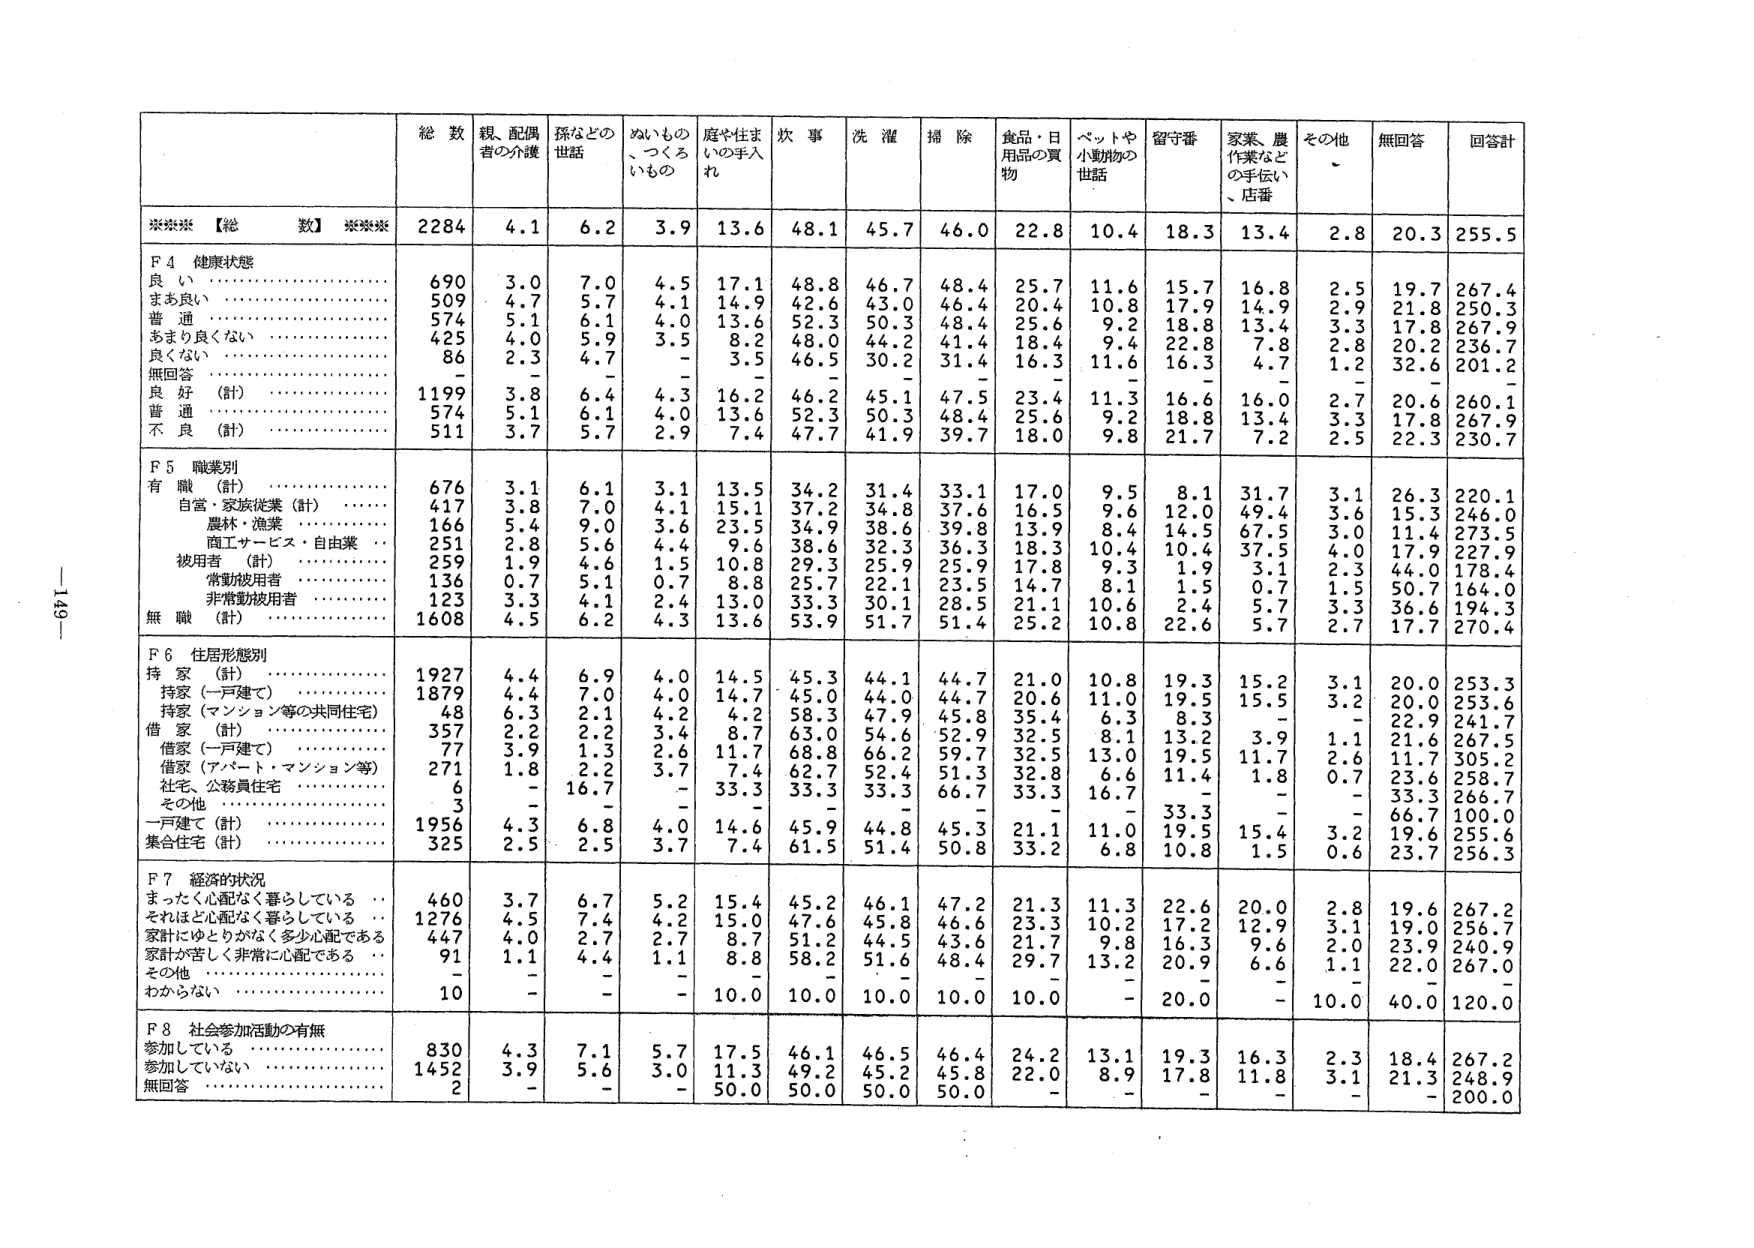
総数 親、配偶者の介護 孫などの世話 ぬいもの、つくるいもの 庭や住まいの手入れ 炊事 洗濯 掃除 食品・日用品の買い物 ペットや小動物の世話 留守番 家業、農作業などの手伝い、店番 その他 無回答 回答計
***【総数】*** 2284 4.1 6.2 3.9 13.6 48.1 45.7 46.0 22.8 10.4 18.3 13.4 2.8 20.3 255.5
F4 健康状態
良い 690 3.0 7.0 4.5 17.1 48.8 46.7 48.4 25.7 11.6 15.7 16.8 2.5 19.7 267.4
まあ良い 509 4.7 5.7 4.1 14.9 42.6 43.0 46.4 20.4 10.8 17.9 14.9 2.9 21.8 250.3
普通 574 5.1 6.1 4.0 13.6 52.3 50.3 48.4 25.6 9.2 18.8 13.4 3.3 17.8 267.9
あまり良くない 425 4.0 5.9 3.5 8.2 48.0 44.2 41.4 18.4 9.4 22.8 7.8 2.8 20.2 236.7
良くない 86 2.3 4.7 - 3.5 46.5 30.2 31.4 16.3 11.6 16.3 4.7 1.2 32.6 201.2
無回答 - - - - - - - - - - - - - - -
良好（計） 1199 3.8 6.4 4.3 16.2 46.2 45.1 47.5 23.4 11.3 16.6 16.0 2.7 20.6 260.1
普通 574 5.1 6.1 4.0 13.6 52.3 50.3 48.4 25.6 9.2 18.8 13.4 2.9 21.8 267.9
不良（計） 511 3.7 5.7 2.9 7.4 47.7 41.9 39.7 18.0 9.8 21.7 7.2 2.5 22.3 230.7
F5 職業別
有職（計） 676 3.1 6.1 3.1 13.5 34.2 31.4 33.1 17.0 9.5 8.1 31.7 3.1 26.3 220.1
自営・家族従業（計） 417 3.8 7.0 4.1 15.1 37.2 34.8 37.6 16.5 9.6 12.0 49.4 3.6 15.3 246.0
農林・漁業 166 5.4 9.0 3.6 23.5 34.9 38.6 39.8 13.9 8.4 14.5 67.5 3.0 11.4 273.5
商工サービス・自由業 251 2.8 5.6 4.4 9.6 38.6 32.3 36.3 18.3 10.4 10.4 37.5 4.0 17.9 227.9
被用者（計） 259 1.9 4.6 1.5 10.8 29.3 25.9 25.9 17.8 9.3 1.9 3.1 2.3 44.0 178.4
常勤被用者 136 0.7 5.1 0.7 8.8 25.7 22.1 23.5 14.7 8.1 1.5 0.7 1.5 50.7 164.0
非常勤被用者 123 3.3 4.1 2.4 13.0 33.3 30.1 28.5 21.1 10.6 2.4 5.7 3.3 36.6 194.3
無職（計） 1608 4.5 6.2 4.3 13.6 53.9 51.7 51.4 25.2 10.8 22.6 5.7 2.7 17.7 270.4
F6 住居形態別
持家（計） 1927 4.4 6.9 4.0 14.5 45.3 44.1 44.7 21.0 10.8 19.3 15.2 3.1 20.0 253.3
持家（一戸建て） 1879 4.4 7.0 4.0 14.7 45.0 44.0 44.7 20.6 11.0 19.5 15.5 3.2 20.0 253.6
持家（マンション等の共同住宅） 48 6.3 2.1 4.2 4.2 58.3 47.9 45.8 35.4 6.3 8.3 - - 22.9 241.7
借家（計） 357 2.2 2.2 3.4 8.7 63.0 54.6 52.9 32.5 8.1 13.2 3.9 1.1 21.6 267.5
借家（一戸建て） 77 3.9 1.3 2.6 11.7 68.8 66.2 59.7 32.5 13.0 19.5 11.7 2.6 11.7 305.2
借家（アパート・マンション等） 271 1.8 2.2 3.7 7.4 62.7 52.4 51.3 32.8 6.6 11.4 1.8 0.7 23.6 258.7
社宅、公務員住宅 6 - 16.7 - 33.3 33.3 33.3 66.7 33.3 16.7 - - - 33.3 266.7
その他 3 - - - - - - - - 33.3 - - - 66.7 100.0
一戸建て（計） 1956 4.3 6.8 4.0 14.6 45.9 44.8 45.3 21.1 11.0 19.5 15.4 3.2 19.6 255.6
集合住宅（計） 325 2.5 2.5 3.7 7.4 61.5 51.4 50.8 33.2 6.8 10.8 1.5 0.6 23.7 256.3
F7 経済的状況
まったく心配なく暮らしている 460 3.7 6.7 5.2 15.4 45.2 46.1 47.2 21.3 11.3 22.6 20.0 2.8 19.6 267.2
それほど心配なく暮らしている 1276 4.5 7.4 4.2 15.0 47.6 45.8 46.6 23.3 10.2 17.2 12.9 3.1 19.0 256.7
家計にゆとりがなく多少心配である 447 4.0 2.7 2.7 8.7 51.2 44.5 43.6 21.7 9.8 16.3 9.6 2.0 23.9 240.9
家計が苦しく非常に心配である 91 1.1 4.4 1.1 8.8 58.2 51.6 48.4 29.7 13.2 20.9 6.6 1.1 22.0 267.0
その他 - - - - - - - - - - - - - - -
わからない 10 - - - 10.0 10.0 10.0 10.0 10.0 - 20.0 - 10.0 40.0 120.0
F8 社会参加活動の有無
参加している 830 4.3 7.1 5.7 17.5 46.1 46.5 46.4 24.2 13.1 19.3 16.3 2.3 18.4 267.2
参加していない 1452 3.9 5.6 3.0 11.3 49.2 45.2 45.8 22.0 8.9 17.8 11.8 3.1 21.3 248.9
無回答 2 - - - 50.0 50.0 50.0 50.0 - - - - - - 200.0